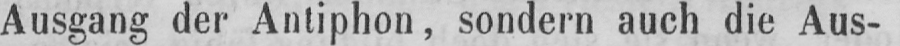
Ausgang der Antiphon, sondern auch die Aus-